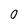
Character: 0